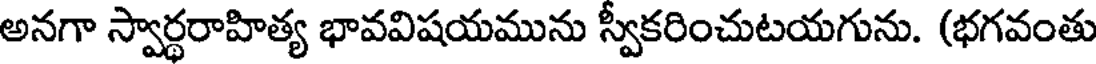
అనగా స్వార్థరాహిత్య భావవిషయమును స్వీకరించుటయగును. (భగవంతు